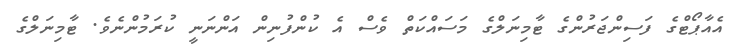
އެއާޕޯޓްގެ ފަސިންޖަރުންގެ ޓާމިނަލްގެ މަސައްކަތް ވެސް އެ ކުންފުނިން އަންނަނީ ކުރަމުންނެވެ. ޓާމިނަލްގެ